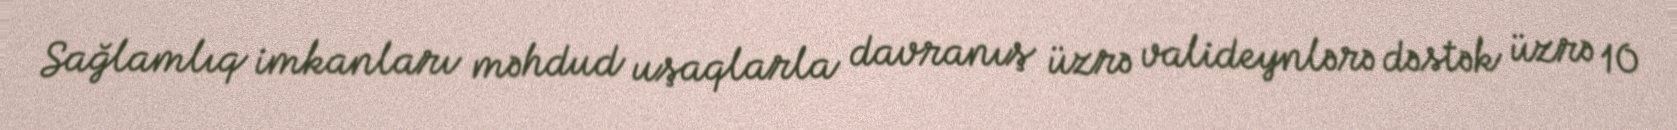
Sağlamlıq imkanları məhdud uşaqlarla davranış üzrə valideynlərə dəstək üzrə 10